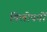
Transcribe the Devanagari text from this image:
विलोपनों